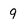
Character: 9